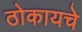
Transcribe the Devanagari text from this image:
ठोकायचे